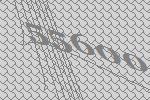
55600